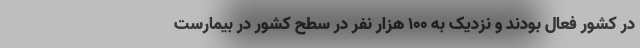
در کشور فعال بودند و نزدیک به ۱۰۰ هزار نفر در سطح کشور در بیمارست